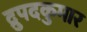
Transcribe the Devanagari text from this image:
द्रुपदकुमार